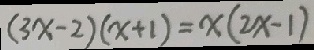
( 3 x - 2 ) ( x + 1 ) = x ( 2 x - 1 )